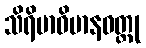
သိရိမာဝိမာနဝတ္ထု